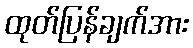
ထုတ်ပြန်ချက်အား